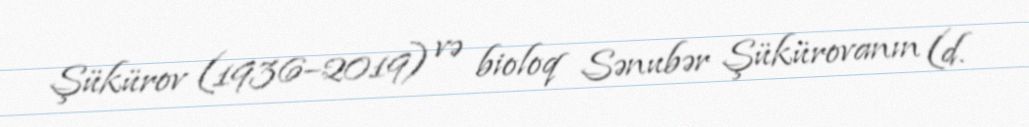
Şükürov (1936–2019) və bioloq Sənubər Şükürovanın (d.